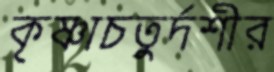
কৃষ্ণাচতুর্দশীর